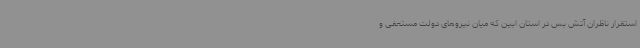
استقرار ناظران آتش بس در استان ابین که میان نیروهای دولت مستعفی و